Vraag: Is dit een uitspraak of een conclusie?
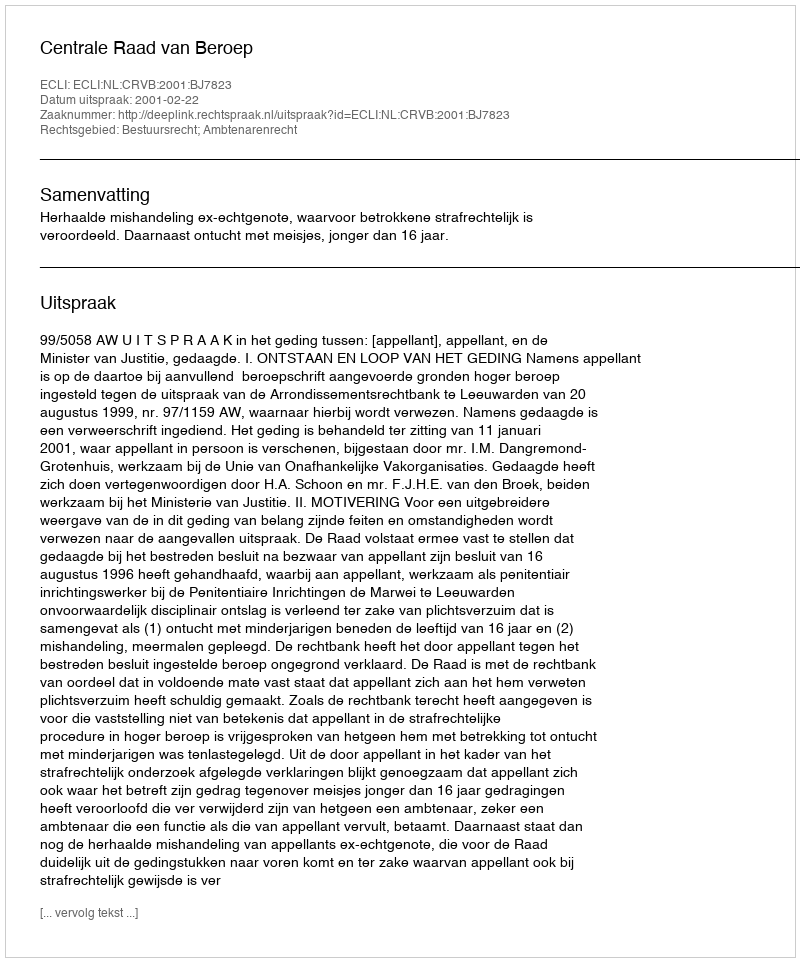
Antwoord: Uitspraak